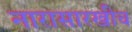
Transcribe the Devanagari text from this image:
नारासारखीच